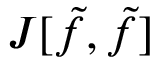
J [ \tilde { f } , \tilde { f } ]